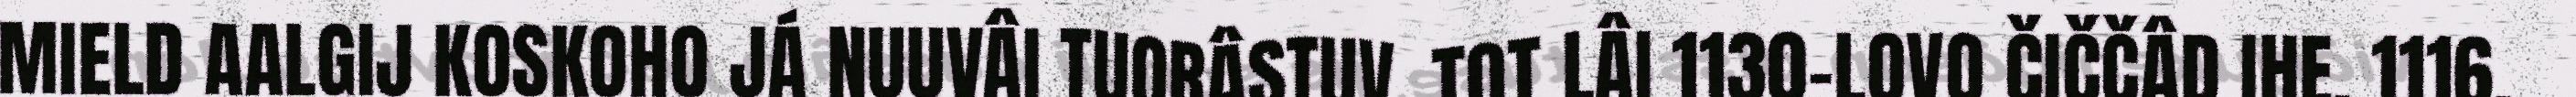
MIELD AALGIJ KOSKOHO JÁ NUUVÂI TUORÂSTUV. TOT LÂI 1130-LOVO ČIČČÂD IHE. 1116.